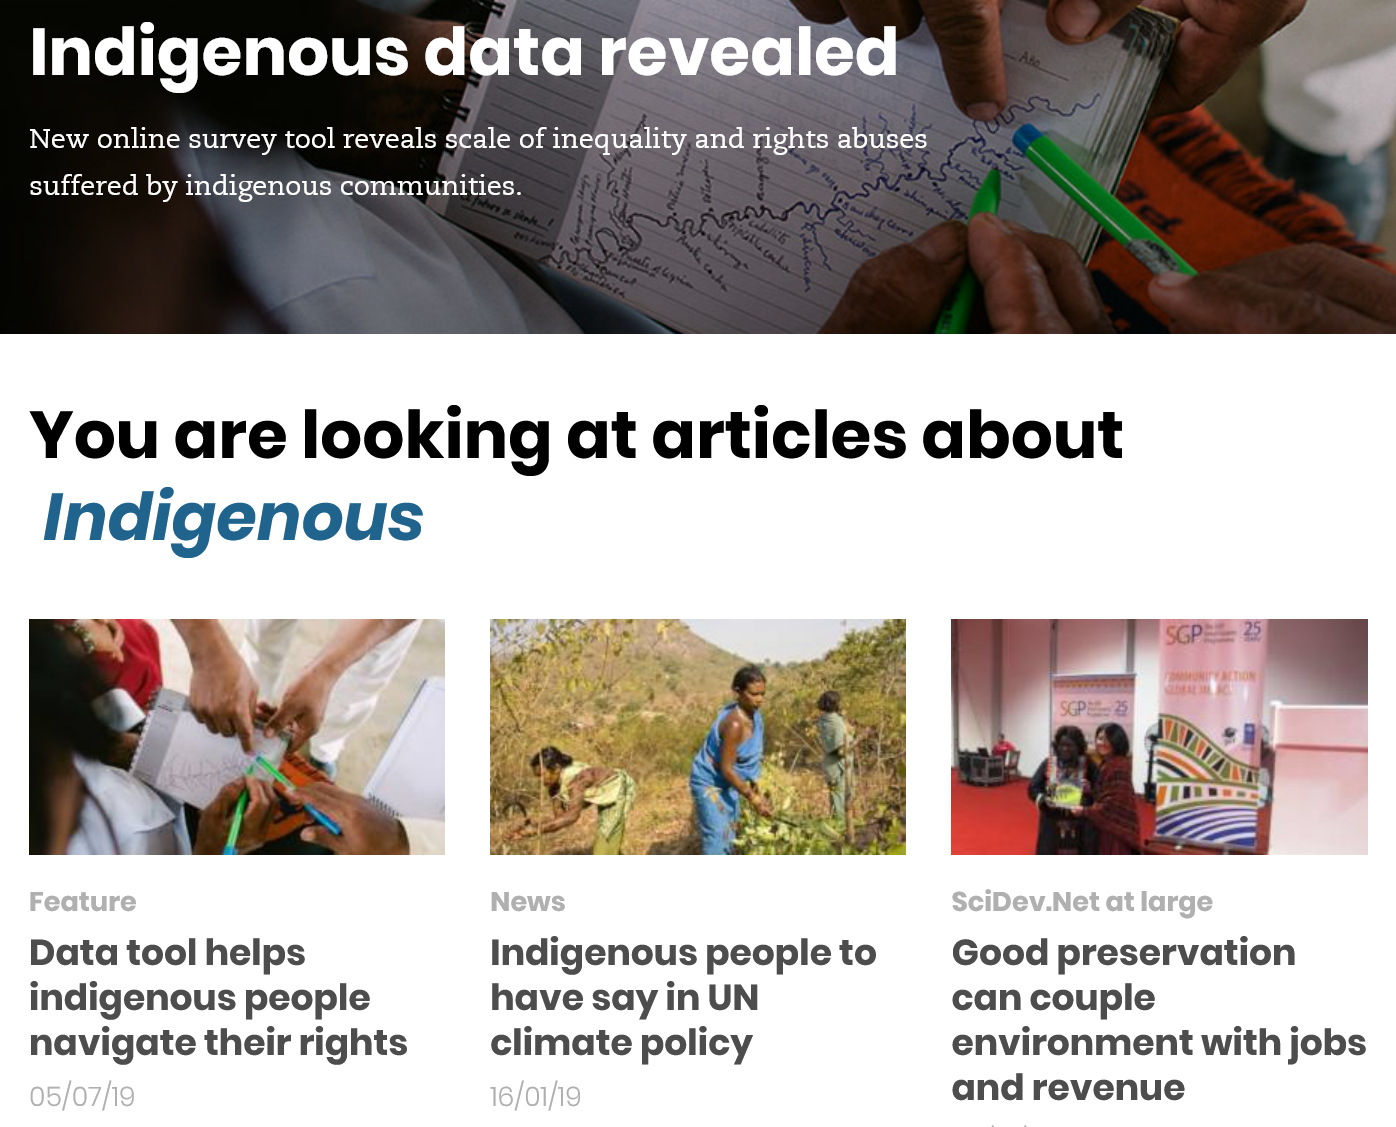
Indigenous    data    revealed
  New online survey tool reveals scale of inequality and nghts abuses
  suffered by indigenous Communities.
  You    are    looking    at   articles    about
   Indigenous
  Data   tool helps
  indigenous    people
  navigate  their   rights
  Feature
  05/07/19
     Indigenous  people    to
     have  say  in UN
     climate  policy
     News
     16/01/19
     SciDev.Net at large
     Good preservation
     can  couple
     environment   with   jobs
     and  revenue